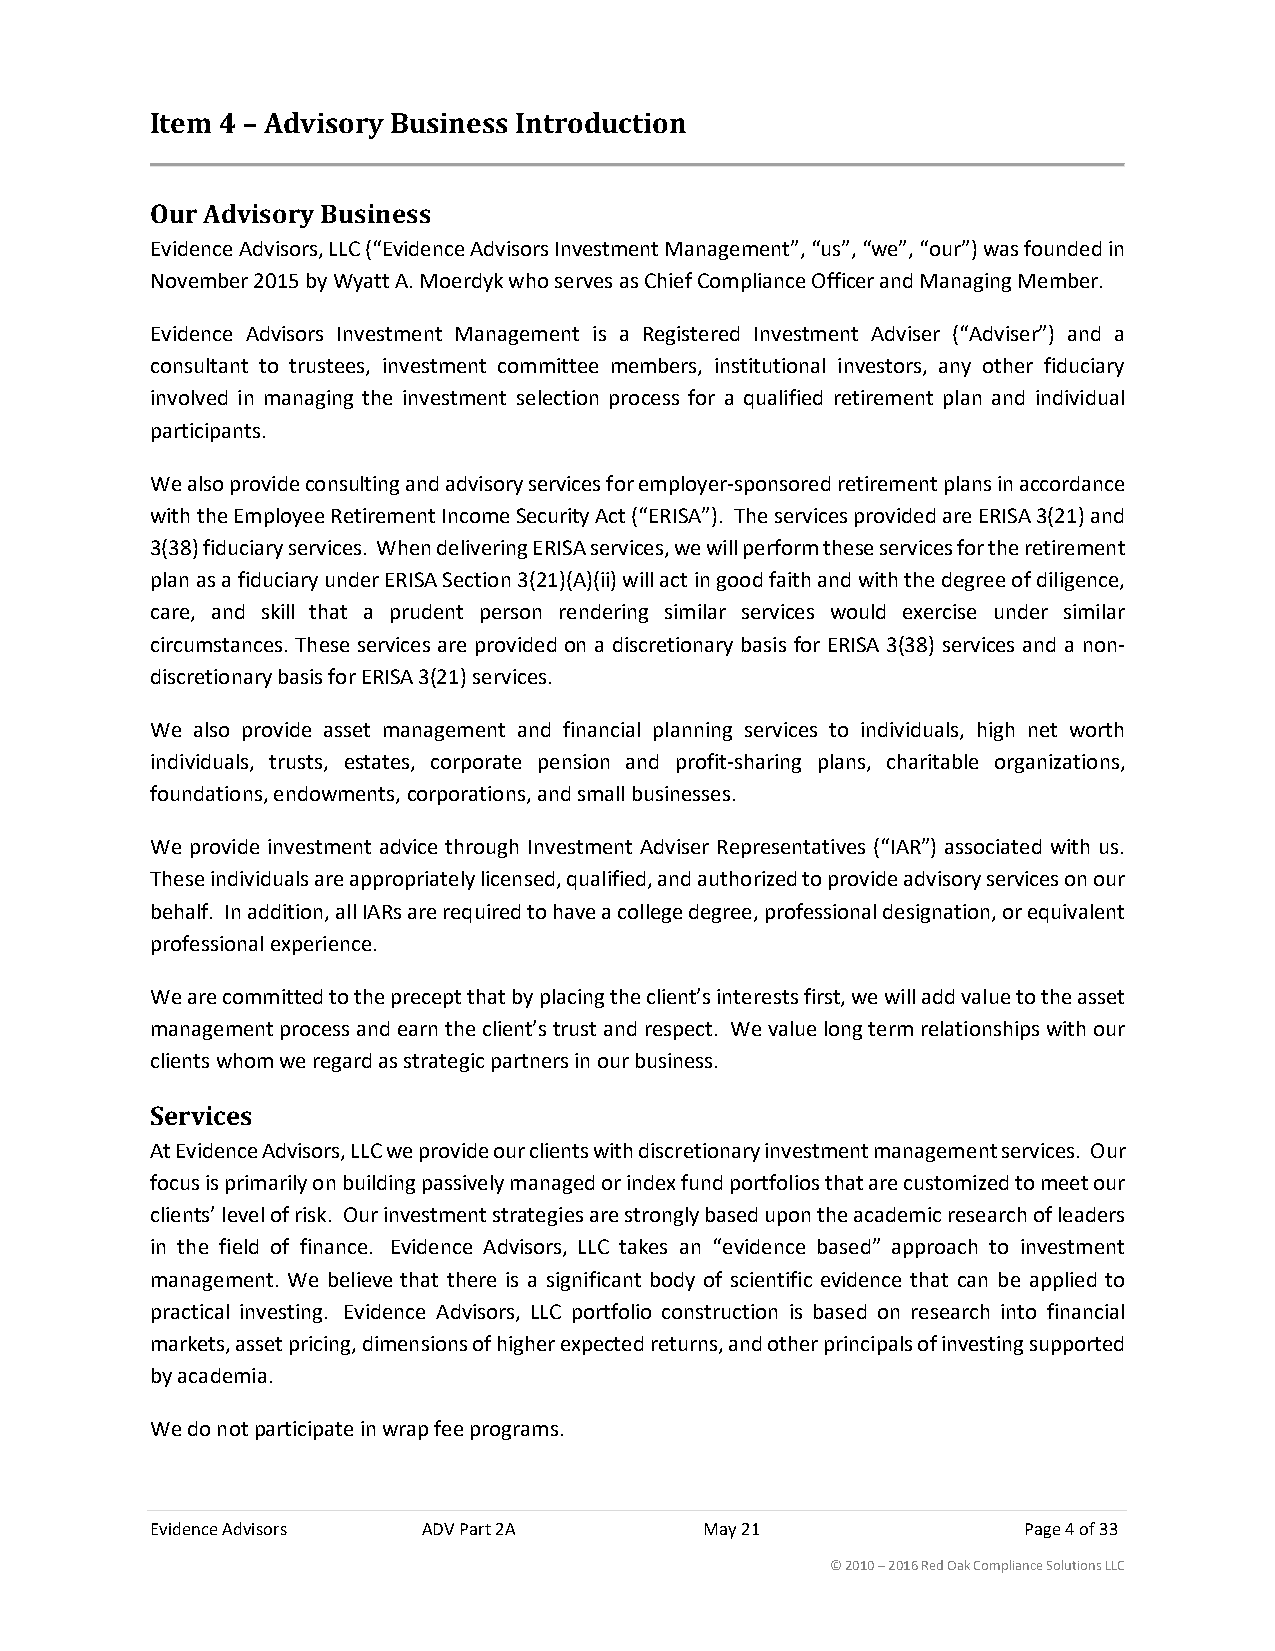
Item 4 – Advisory Business Introduction
 Our Advisory Business
 Evidence Advisors, LLC (“Evidence Advisors Investment Management”, “us”, “we”, “our”) was founded in
 November 2015 by Wyatt A. Moerdyk who serves as Chief Compliance Officer and Managing Member.
 Evidence Advisors Investment Management is a Registered Investment Adviser (“Adviser”) and a
 consultant to trustees, investment committee members, institutional investors, any other fiduciary
 involved in managing the investment selection process for a qualified retirement plan and individual
 participants.
 We also provide consulting and advisory services for employer-sponsored retirement plans in accordance
 with the Employee Retirement Income Security Act (“ERISA”). The services provided are ERISA 3(21) and
 3(38) fiduciary services. When delivering ERISA services, we will perform these services for the retirement
 plan as a fiduciary under ERISA Section 3(21)(A)(ii) will act in good faith and with the degree of diligence,
 care, and skill that a prudent person rendering similar services would exercise under similar
 circumstances. These services are provided on a discretionary basis for ERISA 3(38) services and a non-
 discretionary basis for ERISA 3(21) services.
 We also provide asset management and financial planning services to individuals, high net worth
 individuals, trusts, estates, corporate pension and profit-sharing plans, charitable organizations,
 foundations, endowments, corporations, and small businesses.
 We provide investment advice through Investment Adviser Representatives (“IAR”) associated with us.
 These individuals are appropriately licensed, qualified, and authorized to provide advisory services on our
 behalf. In addition, all IARs are required to have a college degree, professional designation, or equivalent
 professional experience.
 We are committed to the precept that by placing the client’s interests first, we will add value to the asset
 management process and earn the client’s trust and respect. We value long term relationships with our
 clients whom we regard as strategic partners in our business.
 Services
 At Evidence Advisors, LLC we provide our clients with discretionary investment management services. Our
 focus is primarily on building passively managed or index fund portfolios that are customized to meet our
 clients’ level of risk. Our investment strategies are strongly based upon the academic research of leaders
 in the field of finance. Evidence Advisors, LLC takes an “evidence based” approach to investment
 management. We believe that there is a significant body of scientific evidence that can be applied to
 practical investing. Evidence Advisors, LLC portfolio construction is based on research into financial
 markets, asset pricing, dimensions of higher expected returns, and other principals of investing supported
 by academia.
 We do not participate in wrap fee programs.
 Evidence Advisors ADV Part 2A        May 21               Page 4 of 33
 © 2010 – 2016 Red Oak Compliance Solutions LLC